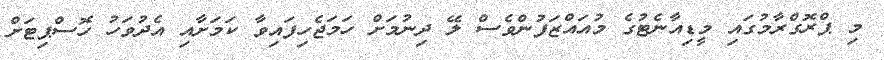
މި ޕްރޮގްރާމުގައި މީޑިއާނެޓުގެ މުއައްޒަފުންވެސް ލޭ ދިނުމަށް ހަމަޖެހިފައިވާ ކަމަށާއި އެދުވަހު ހޮސްޕިޓަަށް